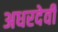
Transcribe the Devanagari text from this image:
अधरदेवी